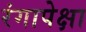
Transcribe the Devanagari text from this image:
रंगापेक्षा